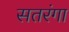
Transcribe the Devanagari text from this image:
सतरंगा